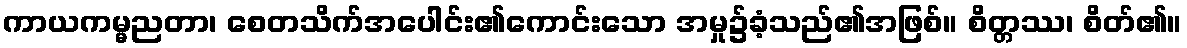
ကာယကမ္မညတာ၊ စေတသိက်အပေါင်း၏ကောင်းသော အမှု၌ခံ့သည်၏အဖြစ်။ စိတ္တဿ၊ စိတ်၏။